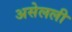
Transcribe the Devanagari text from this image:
असेलली